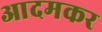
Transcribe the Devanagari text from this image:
आदमकर